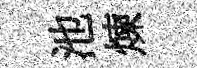
池煉